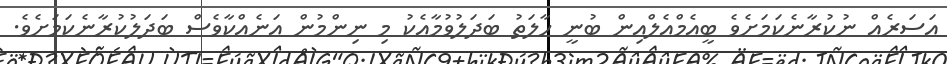
އަސަރެއް ނުކުރާނެކަމަށެވެ ބީއެމްއެލްއިން ބުނީ ހާލަތު ބަދަލުވުމާއެކު މި ނިންމުން އަނެއްކާވެސް ބަދަލުކުރާނެކަމަށެވެ.